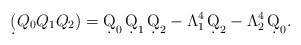
\begin{align*}\d(Q_0Q_1Q_2) = \d Q_0\,\d Q_1\,\d Q_2 - \Lambda_1^4 \,\d Q_2 - \Lambda_2^4\,\d Q_0.\end{align*}